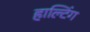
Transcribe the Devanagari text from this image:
हाल्टिंग